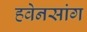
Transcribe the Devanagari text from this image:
हवेनसांग